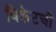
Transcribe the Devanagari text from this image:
विकेटची